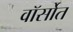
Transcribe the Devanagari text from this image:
वॉर्सोत